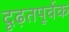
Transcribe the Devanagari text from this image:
दृढ़तपूर्वक